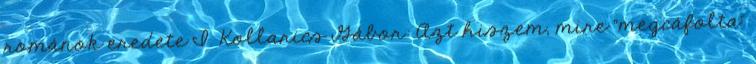
románok eredete I. Kollarics Gábor: Azt hiszem, mire "megcáfolta"